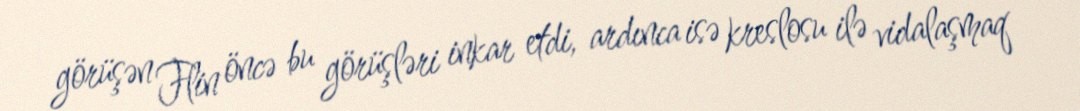
görüşən Flin öncə bu görüşləri inkar etdi, ardınca isə kreslosu ilə vidalaşmaq